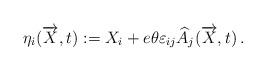
LaTeX: \begin{align*} \eta_i (\overrightarrow{X},t):= X_i + e\theta \varepsilon_{ij} \widehat{A}_j (\overrightarrow{X},t)\, .\end{align*}